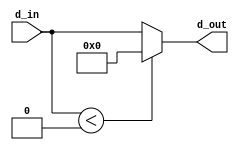
`timescale 1ns / 1ps
//////////////////////////////////////////////////////////////////////////////////
// Company: 
// Engineer: 
// 
// Design Name: 
// Module Name: ReLU
// Project Name: 
// Target Devices: 
// Tool Versions: 
// Description: 
// 
// Dependencies: 
// 
// Revision:
// Revision 0.01 - File Created
// Additional Comments:
// 
//////////////////////////////////////////////////////////////////////////////////


module ReLU( // 
    d_in, d_out
);

parameter RESULT = 10;
input signed [RESULT-1:0] d_in; //  input
output [RESULT-1:0] d_out; //output

//input 0  output 0,   d_out d_in
assign d_out = (d_in < 0 ? 0 : d_in);

endmodule